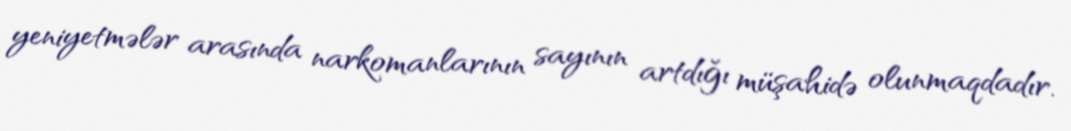
yeniyetmələr arasında narkomanlarının sayının artdığı müşahidə olunmaqdadır.